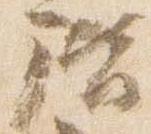
階